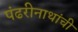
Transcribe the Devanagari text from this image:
पंढरीनाथांची